Report on the cultivation of protesoma, Labbé, in grey mosquitoes
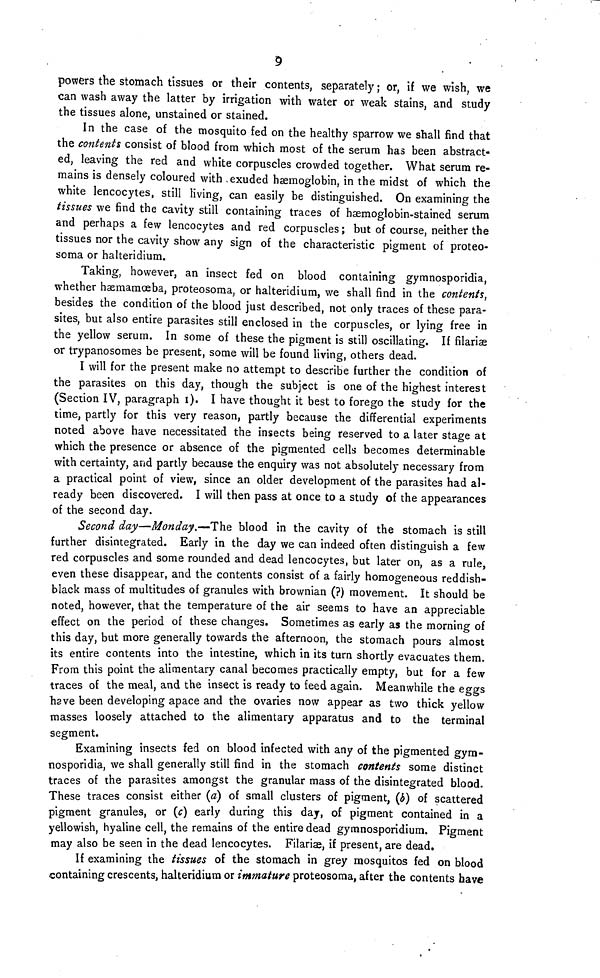
9
powers the stomach tissues or their contents, separately ; or, if we wish, we
can wash away the latter by irrigation with water or weak stains, and study
the tissues alone, unstained or stained.
In the case of the mosquito fed on the healthy sparrow we shall find that
the contents consist of blood from which most of the serum has been abstract-
ed, leaving the red and white corpuscles crowded together. What serum re-
mains is densely coloured with exuded haemoglobin, in the midst of which the
white lencocytes, still living, can easily be distinguished. On examining the
tissues we find the cavity still containing traces of haemoglobin-stained serum
and perhaps a few lencocytes and red corpuscles ; but of course, neither the
tissues nor the cavity show any sign of the characteristic pigment of proteo-
soma or halteridium.
Taking, however, an insect fed on blood containing gymnosporidia,
whether hæmamœba, proteosoma, or halteridium, we shall find in the contents,
besides the condition of the blood just described, not only traces of these para-
sites, but also entire parasites still enclosed in the corpuscles, or lying free in
the yellow serum. In some of these the pigment is still oscillating. If filariæ
or trypanosomes be present, some will be found living, others dead.
I will for the present make no attempt to describe further the condition of
the parasites on this day, though the subject is one of the highest interest
(Section IV, paragraph 1). I have thought it best to forego the study for the
time, partly for this very reason, partly because the differential experiments
noted above have necessitated the insects being reserved to a later stage at
which the presence or absence of the pigmented cells becomes determinable
with certainty, and partly because the enquiry was not absolutely necessary from
a practical point of view, since an older development of the parasites had al-
ready been discovered. I will then pass at once to a study of the appearances
of the second day.
Second day—Monday.—The blood in the cavity of the stomach is still
further disintegrated. Early in the day we can indeed often distinguish a few
red corpuscles and some rounded and dead lencocytes, but later on, as a rule,
even these disappear, and the contents consist of a fairly homogeneous reddish-
black mass of multitudes of granules with brownian (?) movement. It should be
noted, however, that the temperature of the air seems to have an appreciable
effect on the period of these changes. Sometimes as early as the morning of
this day, but more generally towards the afternoon, the stomach pours almost
its entire contents into the intestine, which in its turn shortly evacuates them.
From this point the alimentary canal becomes practically empty, but for a few
traces of the meal, and the insect is ready to feed again. Meanwhile the eggs
have been developing apace and the ovaries now appear as two thick yellow
masses loosely attached to the alimentary apparatus and to the terminal
segment.
Examining insects fed on blood infected with any of the pigmented gym-
nosporidia, we shall generally still find in the stomach contenis some distinct
traces of the parasites amongst the granular mass of the disintegrated blood.
These traces consist either (a) of small clusters of pigment, (b) of scattered
pigment granules, or (c) early during this day, of pigment contained in a
yellowish, hyaline cell, the remains of the entire dead gymnosporidium. Pigment
may also be seen in the dead lencocytes. Filariæ, if present, are dead.
If examining the tissues of the stomach in grey mosquitos fed on blood
containing crescents, halteridium or immature proteosoma, after the contents have